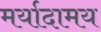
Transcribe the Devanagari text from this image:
मर्यादामय